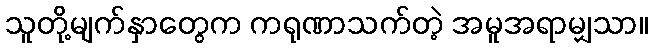
သူတို့မျက်နှာတွေက ကရုဏာသက်တဲ့ အမူအရာမျှသာ။